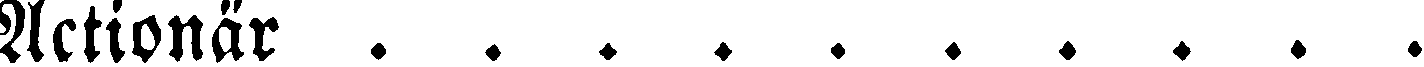
Actionär ..........